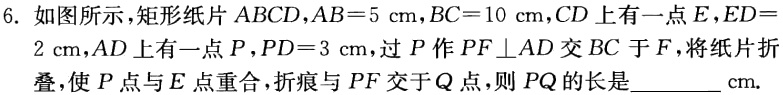
6. 如图所示，矩形纸片 \(ABCD\)，\(AB = 5\mathrm{cm}\)，\(BC = 10\mathrm{cm}\)，\(CD\)上有一点 \(E\)，\(ED = 2\mathrm{cm}\)，\(AD\)上有一点 \(P\)，\(PD = 3\mathrm{cm}\)，过 \(P\)作 \(PF\perp AD\)交 \(BC\)于 \(F\)，将纸片折叠，使 \(P\)点与 \(E\)点重合，折痕与 \(PF\)交于 \(Q\)点，则 \(PQ\)的长是  \_\_\_\_\_ \(\mathrm{cm}\).